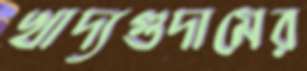
খাদ্যগুদামের